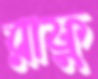
রাফু